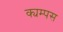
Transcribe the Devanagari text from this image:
क्यम्पस